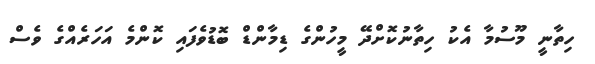
ހިތާނީ މޫސުމާ އެކު ހިތާނުކޮށްދޭ މީހުންގެ ޑިމާންޑް ބޮޑުވެފައި ކޮންމެ އަހަރެއްގެ ވެސް